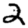
Digit: 2